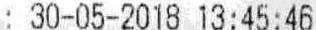
: 30-05-2018 13:45:46